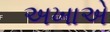
અખાએ